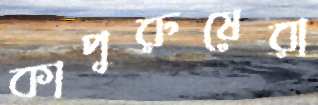
কাপুরুষেরা